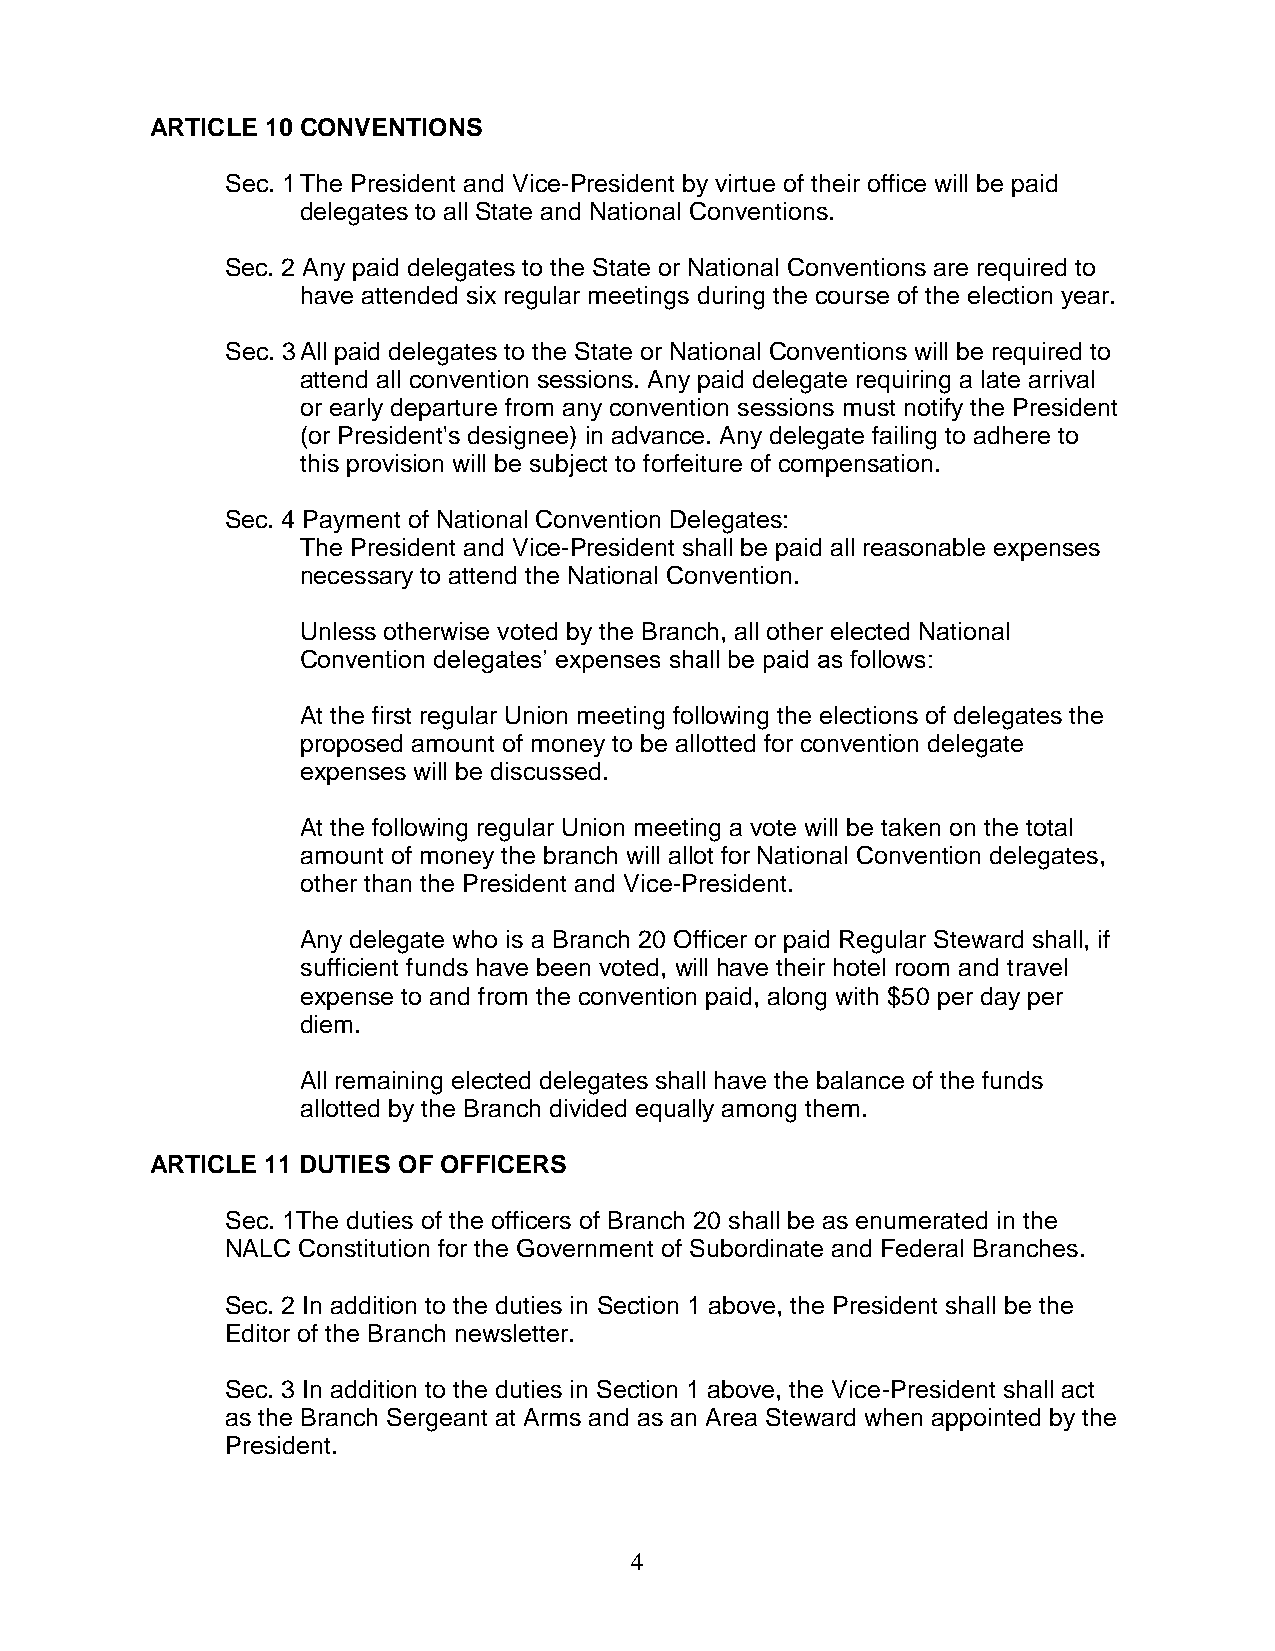
ARTICLE 10 CONVENTIONS
 Sec. 1 The President and Vice-President by virtue of their office will be paid
 delegates to all State and National Conventions.
 Sec. 2 Any paid delegates to the State or National Conventions are required to
 have attended six regular meetings during the course of the election year.
 Sec. 3 All paid delegates to the State or National Conventions will be required to
 attend all convention sessions. Any paid delegate requiring a late arrival
 or early departure from any convention sessions must notify the President
 (or President's designee) in advance. Any delegate failing to adhere to
 this provision will be subject to forfeiture of compensation.
 Sec. 4 Payment of National Convention Delegates:
 The President and Vice-President shall be paid all reasonable expenses
 necessary to attend the National Convention.
 Unless otherwise voted by the Branch, all other elected National
 Convention delegates’ expenses shall be paid as follows:
 At the first regular Union meeting following the elections of delegates the
 proposed amount of money to be allotted for convention delegate
 expenses will be discussed.
 At the following regular Union meeting a vote will be taken on the total
 amount of money the branch will allot for National Convention delegates,
 other than the President and Vice-President.
 Any delegate who is a Branch 20 Officer or paid Regular Steward shall, if
 sufficient funds have been voted, will have their hotel room and travel
 expense to and from the convention paid, along with $50 per day per
 diem.
 All remaining elected delegates shall have the balance of the funds
 allotted by the Branch divided equally among them.
 ARTICLE 11 DUTIES OF OFFICERS
 Sec. 1The duties of the officers of Branch 20 shall be as enumerated in the
 NALC Constitution for the Government of Subordinate and Federal Branches.
 Sec. 2 In addition to the duties in Section 1 above, the President shall be the
 Editor of the Branch newsletter.
 Sec. 3 In addition to the duties in Section 1 above, the Vice-President shall act
 as the Branch Sergeant at Arms and as an Area Steward when appointed by the
 President.
 4